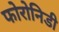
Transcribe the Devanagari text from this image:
फोरोनिडी